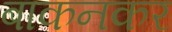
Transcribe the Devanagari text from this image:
बाकनकर